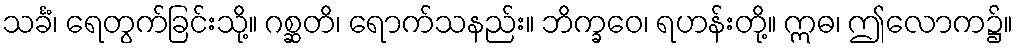
သင်္ခံ၊ ရေတွက်ခြင်းသို့။ ဂစ္ဆတိ၊ ရောက်သနည်း။ ဘိက္ခဝေ၊ ရဟန်းတို့။ ဣဓ၊ ဤလောက၌။